Vabadussoja_Ajaloo_Komitee, lk 37
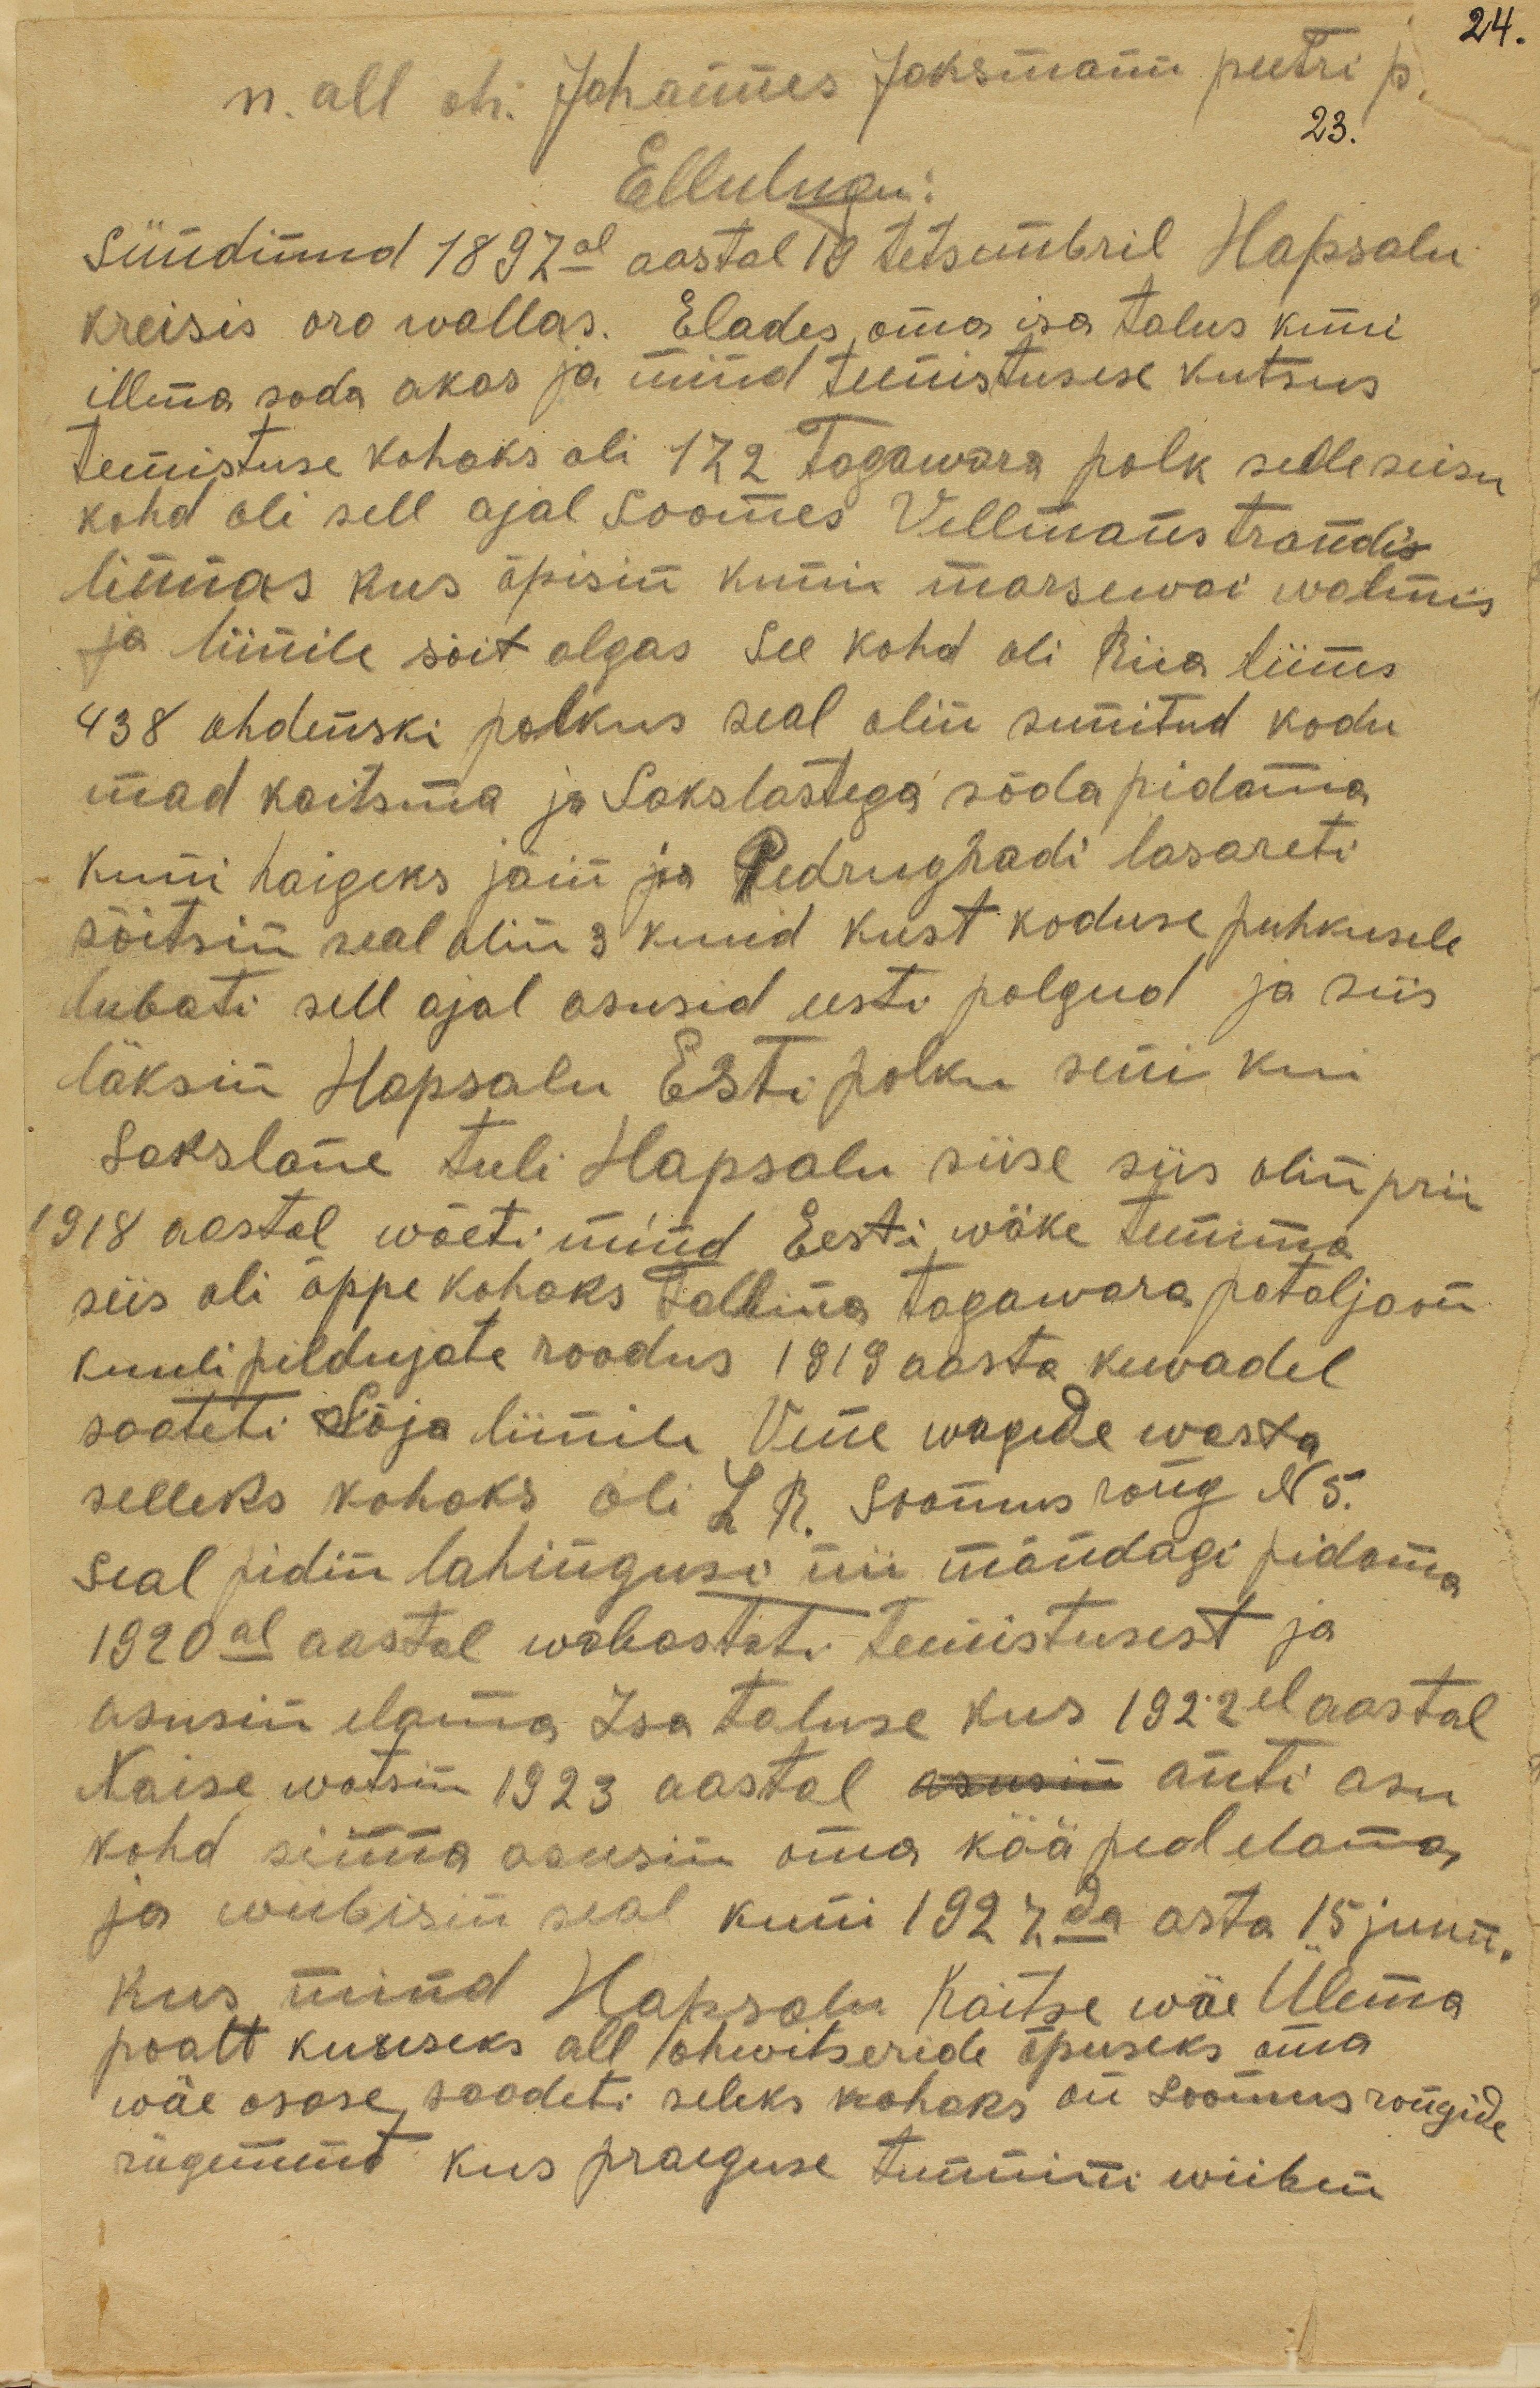
24.
n. all oh. Johannes Joksmann peetri p.
23.
Ellulugu:
Sündinud 1897al aastal 18 detsembril Hapsalu
kreisis oro wallas. Elades oma isa talus kuni
illmasõda akas ja mind teenistusse kutsus
Teenistuse kohaks oli 172 Tagawara polk selle seisu
kohd oli sell ajal Soomes Villmanstrandis
linnas kus õpisin kuni marsewai walmis
ja liinile sõit algas see kohd oli Riia liinas
438 ohdenski polkus seal olin sunnitud kodu
mad kaitsma ja sakslastega sõda pidama.
Kuni haigeks jäin ja Pedrugradi lasareti
sõitsin seal olin 3 kuud kust koduse puhkusele
lubati sell ajal asusid eesti polgud ja siis
läksin Hapsalu Esti polku seni kui
sakslane tuli Hapsalu siise siis olin prii
1918 aastal wõeti mind Eesti wäke teenima
siis oli õppekohaks Tallina tagawara pataljoni
kuulipildujate roodus 1919 aasta kewadel
saadeti Sõja liinile Wene wagede wasta
selleks kohak oli L.R. Soomusrong N 5.
Seal pidin lahingusi nii mõndagi pidama.
1920al aastal wabastati teenistusest ja
asusin elama Isa taluse kus 1922 el aastal
kohd sinna asusin oma kää peal elama
Naise wõtsin 1923 aastal asusin anti asu
ja wiibisin seal kuni 1927da asta 15 juun.
kus mind Hapsalu Kaitse wäe Ülema
poolt kuuseks all ohwitseride õpuseks oma
wäosase saadeti seleks kohaks on Soomusrongide
rügement kus praeguse tunnini wiibin